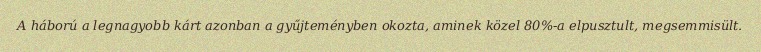
A háború a legnagyobb kárt azonban a gyűjteményben okozta, aminek közel 80%-a elpusztult, megsemmisült.